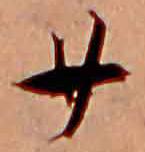
廿